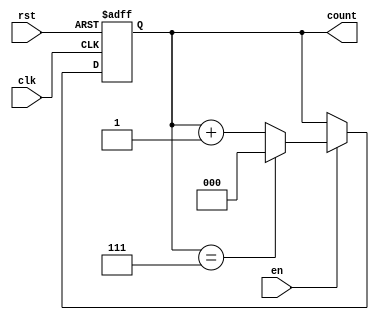
module binary_counter (
    input wire clk,       // Clock signal
    input wire rst,       // Asynchronous reset
    input wire en,        // Enable signal
    output reg [N-1:0] count // Counter output (N-bit wide)
);
    parameter N = 3; // Number of bits for the counter (change as needed)
    parameter MAX_COUNT = (1 << N) - 1; // Maximum count value (2^N - 1)

    // Asynchronous reset and counting logic
    always @(posedge clk or posedge rst) begin
        if (rst) begin
            count <= 0; // Reset counter to 0
        end else if (en) begin
            if (count == MAX_COUNT) begin
                count <= 0; // Wrap around to 0
            end else begin
                count <= count + 1; // Increment counter
            end
        end
        // If enable is low, the counter retains its value
    end
endmodule